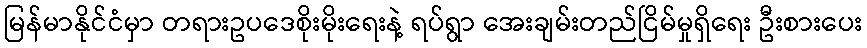
မြန်မာနိုင်ငံမှာ တရားဥပဒေစိုးမိုးရေးနဲ့ ရပ်ရွာ အေးချမ်းတည်ငြိမ်မှုရှိရေး ဦးစားပေး